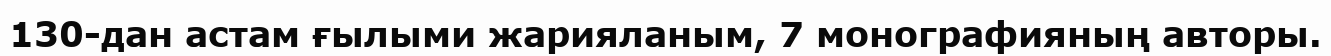
130-дан астам ғылыми жарияланым, 7 монографияның авторы.